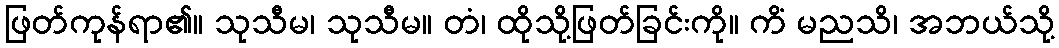
ဖြတ်ကုန်ရာ၏။ သုသီမ၊ သုသီမ။ တံ၊ ထိုသို့ဖြတ်ခြင်းကို။ ကိံ မညသိ၊ အဘယ်သို့